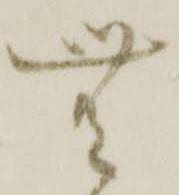
無